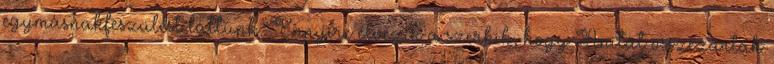
egymásnakfeszülést láttunk. Ennyire élvezik a szerkik, hogy Anitát összezárták